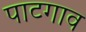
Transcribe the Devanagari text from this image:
पाटगाव